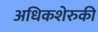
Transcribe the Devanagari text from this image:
अधिकशेरुकी